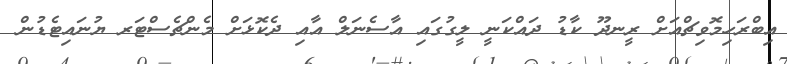
އިބްރަހިމޮވިޗްއަށް ރީނދޫ ކާޑު ދައްކަނީ ލީގުގައި އާސެނަލް އާއި ދެކޮޅަށް މެންޗެސްޓަރ ޔުނައިޓެޑުން